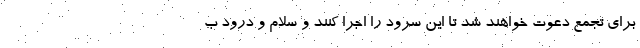
برای تجمع دعوت خواهند شد تا این سرود را اجرا کنند و سلام و درود ب